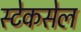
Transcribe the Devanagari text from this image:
स्टेकसेल